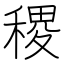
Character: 稷